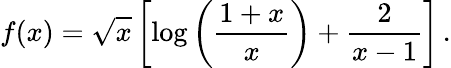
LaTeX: f(x)=\sqrt{x}\left[\log\left(\frac{1+x}{x}\right)+{\frac{2}{x-1}}\right]\, .